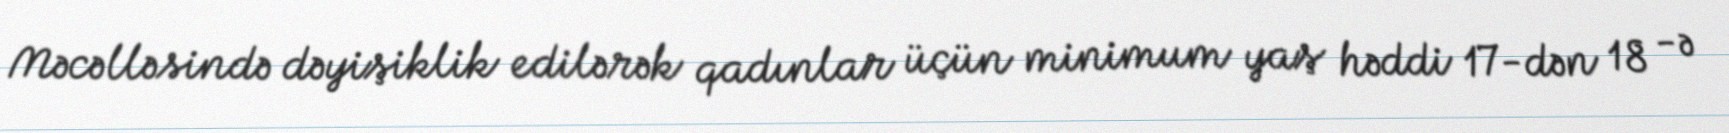
Məcəlləsində dəyişiklik edilərək qadınlar üçün minimum yaş həddi 17-dən 18 -ə